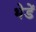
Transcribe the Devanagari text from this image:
भेडें